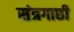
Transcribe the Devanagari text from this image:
संत्रगाछी